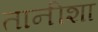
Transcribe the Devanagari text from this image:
तानीशा